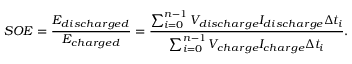
S O E = \frac { E _ { d i s c h a r g e d } } { E _ { c h a r g e d } } = \frac { \sum _ { i = 0 } ^ { n - 1 } { V _ { d i s c h a r g e } I _ { d i s c h a r g e } \Delta t _ { i } } } { \sum _ { i = 0 } ^ { n - 1 } { V _ { c h a r g e } I _ { c h a r g e } \Delta t _ { i } } } .